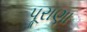
પૂરાણા